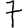
Digit: 7